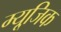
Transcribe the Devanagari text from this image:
म्यूजि़क